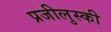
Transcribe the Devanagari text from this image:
प्रजीलुस्की